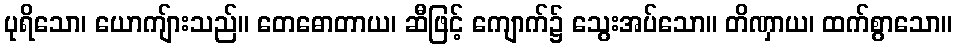
ပုရိသော၊ ယောကျ်ားသည်။ တေဓောတာယ၊ ဆီဖြင့် ကျောက်၌ သွေးအပ်သော။ တိဏှာယ၊ ထက်စွာသော။